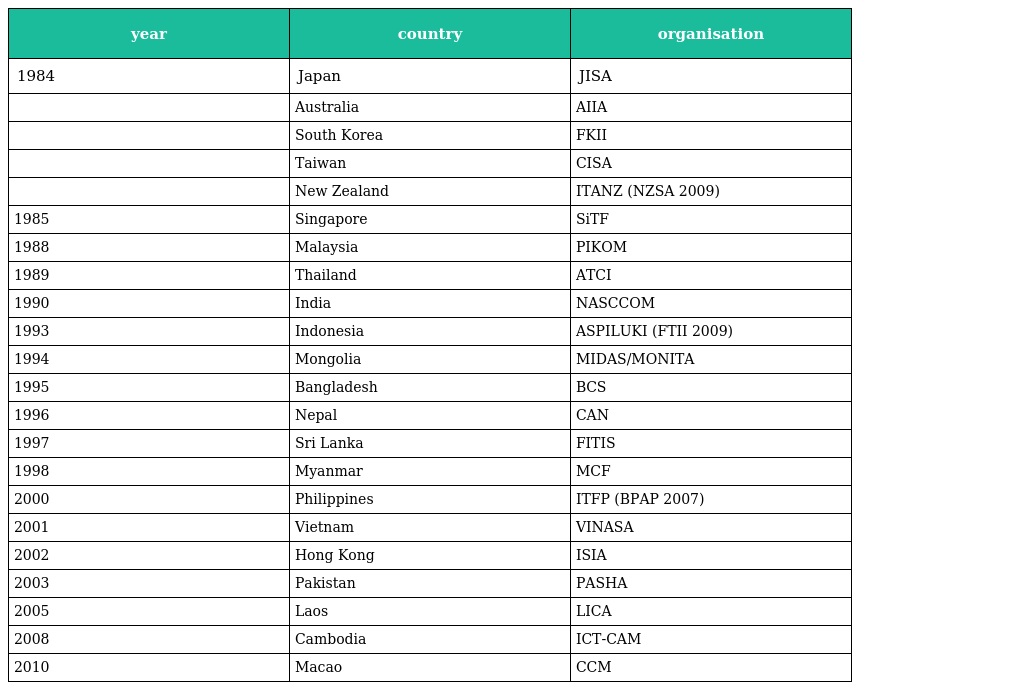
| year | country | organisation |
 | --- | --- | --- |
 | 1984 | Japan | JISA |
 |  | Australia | AIIA |
 |  | South Korea | FKII |
 |  | Taiwan | CISA |
 |  | New Zealand | ITANZ (NZSA 2009) |
 | 1985 | Singapore | SiTF |
 | 1988 | Malaysia | PIKOM |
 | 1989 | Thailand | ATCI |
 | 1990 | India | NASCCOM |
 | 1993 | Indonesia | ASPILUKI (FTII 2009) |
 | 1994 | Mongolia | MIDAS/MONITA |
 | 1995 | Bangladesh | BCS |
 | 1996 | Nepal | CAN |
 | 1997 | Sri Lanka | FITIS |
 | 1998 | Myanmar | MCF |
 | 2000 | Philippines | ITFP (BPAP 2007) |
 | 2001 | Vietnam | VINASA |
 | 2002 | Hong Kong | ISIA |
 | 2003 | Pakistan | PASHA |
 | 2005 | Laos | LICA |
 | 2008 | Cambodia | ICT-CAM |
 | 2010 | Macao | CCM |